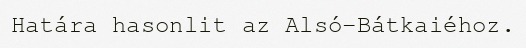
Határa hasonlit az Alsó-Bátkaiéhoz.